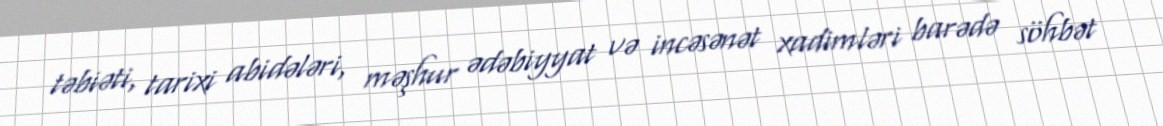
təbiəti, tarixi abidələri, məşhur ədəbiyyat və incəsənət xadimləri barədə söhbət